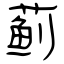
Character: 蓟